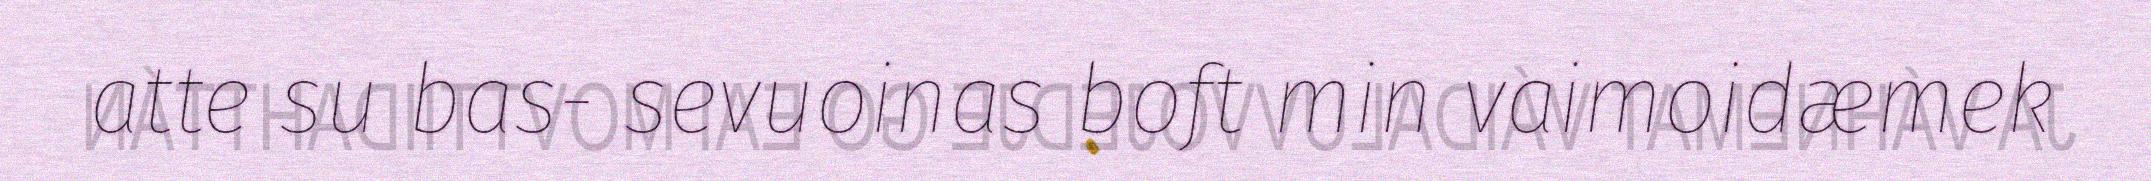
atte su bas- sevuoinas boft min vaimoidæmek